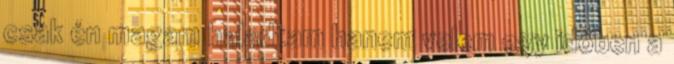
csak én magam haladtam hanem velem egy időben a